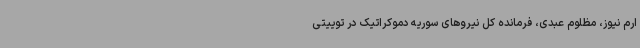
ارم نیوز، مظلوم عبدی، فرمانده کل نیروهای سوریه دموکراتیک در توییتی